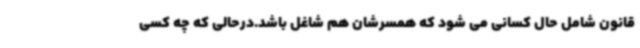
قانون شامل حال کسانی می شود که همسرشان هم شاغل باشد.درحالی که چه کسی